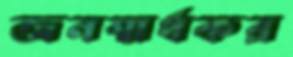
জনস্বার্থকর